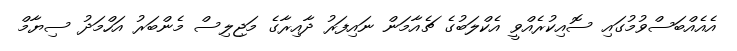
އެއެއްބަސްވުމުގައި ސޮއިކުރެއްވީ އެކްލަބުގެ ޗެއާމަން ނައިފަރު ދާއިރާގެ މަޖިލިސް މެންބަރު އަހްމަދު ސިޔާމް